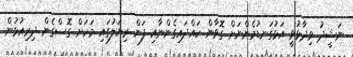
ނަޝީދު ވިދާޅުވީ އަޅުގަނޑުމެންނަށް ގޮވާން ހައްދައިގެންނާއި ފަން ރިޔަލުގައި މަހަށް ގޮސްގެން ދިރިއުޅުން